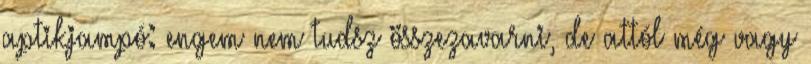
aptikjampó: engem nem tudsz összezavarni, de attól még vagy